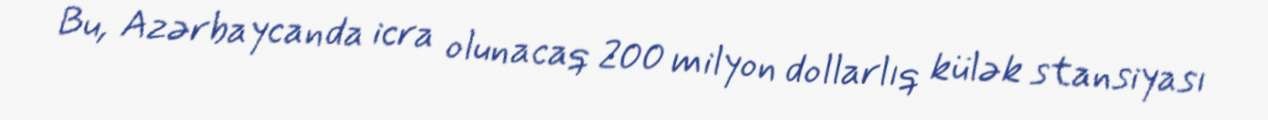
Bu, Azərbaycanda icra olunacaq 200 milyon dollarlıq külək stansiyası